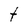
Character: t